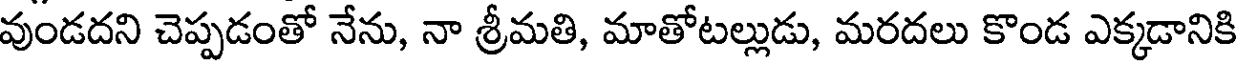
వుండదని చెప్పడంతో నేను, నా శ్రీమతి, మాతోటల్లుడు, మరదలు కొండ ఎక్కడానికి